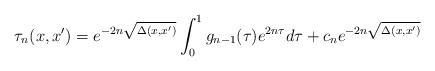
\begin{align*}\tau_n(x,x') = e^{-2n\sqrt{\Delta(x,x')}}\int_0^1 g_{n-1}(\tau) e^{2n \tau}d\tau+c_ne^{-2n\sqrt{\Delta(x,x')}} \end{align*}